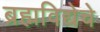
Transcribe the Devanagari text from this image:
ब्रह्मविद्येचे